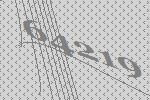
64219